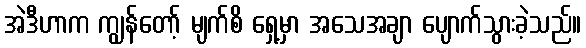
အဲဒီဟာက ကျွန်တော့် မျက်စိ ရှေ့မှာ အသေအချာ ပျောက်သွားခဲ့သည်။